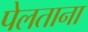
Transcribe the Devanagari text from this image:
पेलताना